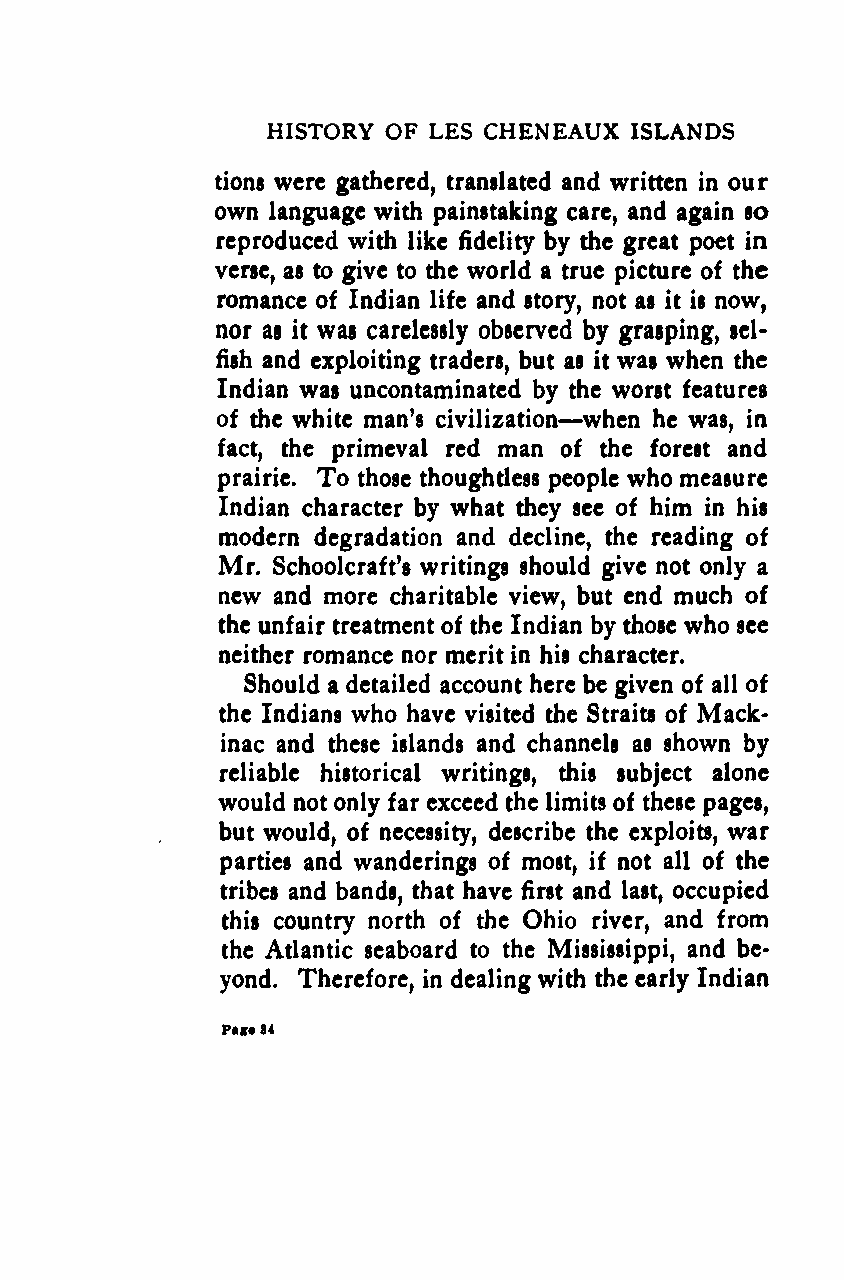
HISTORY OF LES CHENEAUX ISLANDS
 tions were gathered, translated and written in our
 own language with painstaking care, and again so
 reproduced with like fidelity by the great poet in
 verse, as to give to the world a true picture of the
 romance of Indian life and story, not as it is now,
 nor as it was carelessly observed by grasping, sel-
 fish and exploiting traders, but as it was when the
 Indian was uncontaminated by the worst features
 —
 of the white man's civilization when he was, in
 fact, the primeval red man of the forest and
 prairie. To those thoughtless people who measure
 Indian character by what they see of him in his
 modern degradation and decline, the reading of
 Mr. Schoolcraft's writings should give not only a
 new and more charitable view, but end much of
 the unfair treatment of the Indian by those who see
 neither romance nor merit in his character.
 Should a detailed account here be given of all of
 the Indians who have visited the Straits of Mack-
 inac and these islands and channels as shown by
 reliable historical writings, this subject alone
 would not only far exceed the limits of these pages,
 but would, of necessity, describe the exploits, war
 parties and wanderings of most, if not all of the
 tribes and bands, that have first and last, occupied
 this country north of the Ohio river, and from
 the Atlantic seaboard to the Mississippi, and be-
 yond. Therefore, in dealing with the early Indian
 Pagt84
 Google
 Digitizedby